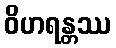
ဝိဟရန္တဿ